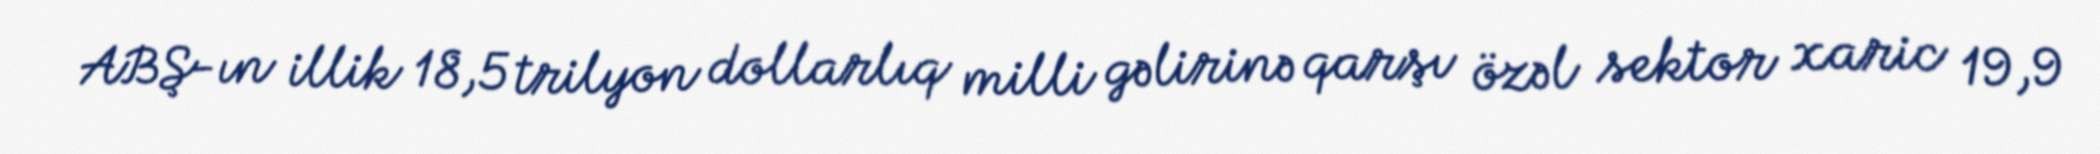
ABŞ-ın illik 18,5 trilyon dollarlıq milli gəlirinə qarşı özəl sektor xaric 19,9